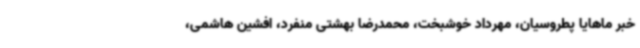
خبر ماهایا پطروسیان، مهرداد خوشبخت، محمدرضا بهشتی منفرد، افشین هاشمی،